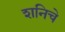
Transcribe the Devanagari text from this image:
शनिचे